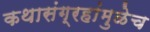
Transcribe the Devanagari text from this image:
कथासंग्रहांमुळेच